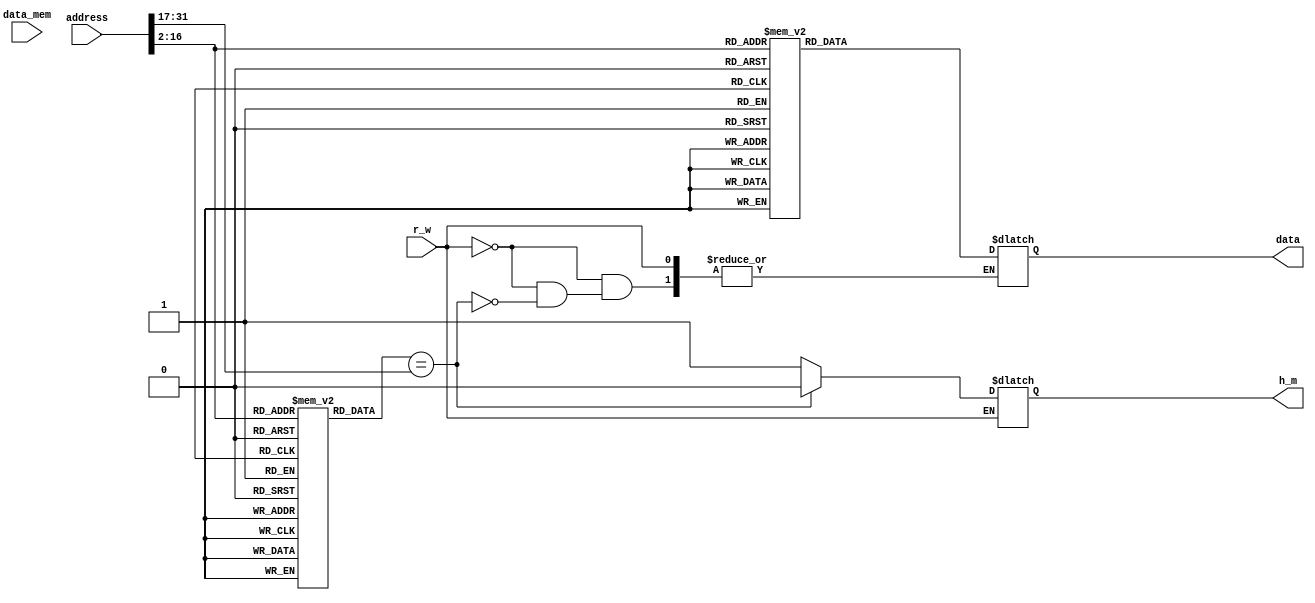
module dm_cache(data,h_m,address,data_mem,r_w);
  input [31:0] address;
  output h_m;
  output [31:0] data;
  input [31:0] data_mem;
  input r_w;
  reg [31:0] data;
  reg h_m;
  reg [31:0] mem [2**15-1:0];
  reg [14:0] tag_ram [2**15-1:0];
  //reg [7:0] valid;
  integer i;
  initial
   begin
      for(i=0;i<32;i=i+1)
      begin:init
         mem[i] =32'hABADDEED;
	 tag_ram[i] = 32'h00000000;
      end
      mem[32'h00000000] = 32'hCAFEBABE;
      tag_ram[32'h00000000] = 32'h00000000;
   end

  always @(r_w or address)
  begin
  if(r_w==0)
  begin
    /*Read cache here*/
    if(tag_ram[address[16:2]] == address[31:17])
    begin
     data= mem[address[16:2]];
     h_m=1'b0;
    end
    else
    begin
     h_m=1;
    end
  end
  else
  begin
    /*Write cache here*/
  end
  end
endmodule